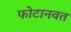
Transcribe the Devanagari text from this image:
फोटानवत